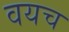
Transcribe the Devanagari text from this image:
वयच